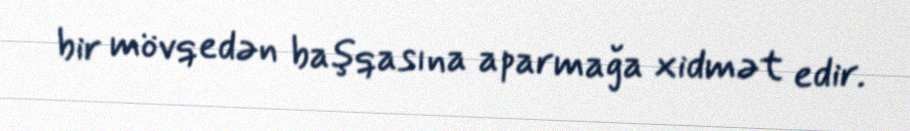
bir mövqedən başqasına aparmağa xidmət edir.